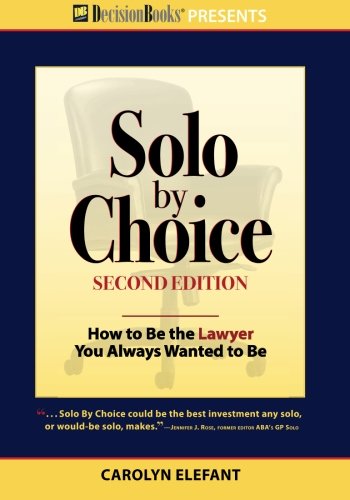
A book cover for Solo by Choice, Second Edition: How to Be the Lawyer You Always Wanted to Be; Carolyn Elefant; Law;